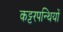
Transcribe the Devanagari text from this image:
कट्टरपन्थियों